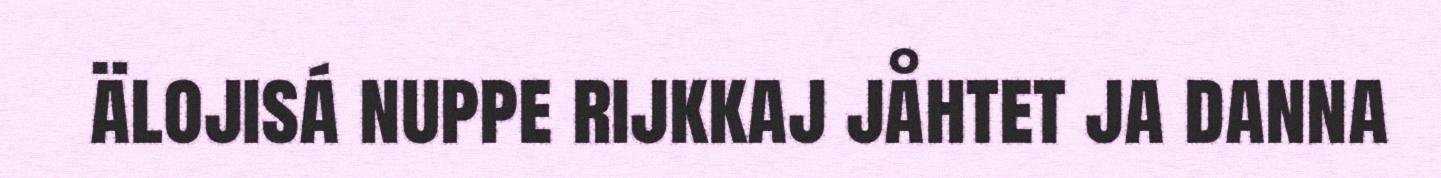
älojisá nuppe rijkkaj jåhtet ja danna